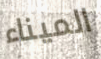
الميناء